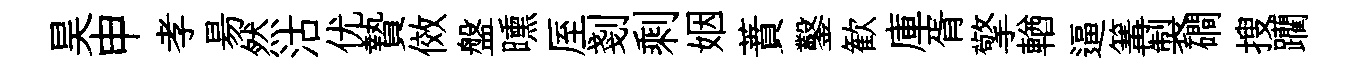
昊申孝昜然沽优贄傚盤曛厔剗剩姻蕡鑿歓庫胥擎輶逼篝製磵搜躪